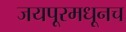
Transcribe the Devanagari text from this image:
जयपूरमधूनच